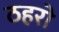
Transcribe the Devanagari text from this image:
ठहरो